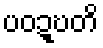
ပဝဍ္ဎတိ